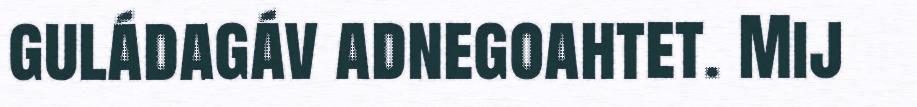
guládagáv adnegoahtet. Mij